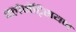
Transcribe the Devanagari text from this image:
क्लेमेंट्सियन